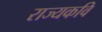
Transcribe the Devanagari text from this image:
राज्यकवि